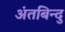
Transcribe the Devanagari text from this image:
अंतबिन्दु